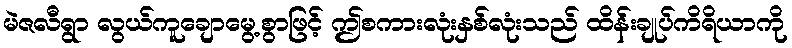
မဲဇလီရွာ လွယ်ကူချောမွေ့စွာဖြင့် ဤစကားလုံးနှစ်လုံးသည် ထိန်းချုပ်ကိရိယာကို